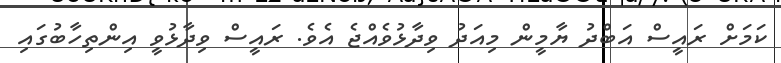
ކަމަށް ރައީސް އަބްދު ޔާމީން މިއަދު ވިދާޅުވެއްޖެ އެވެ. ރައީސް ވިދާޅުވީ އިންތިހާބުގައި